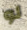
لو